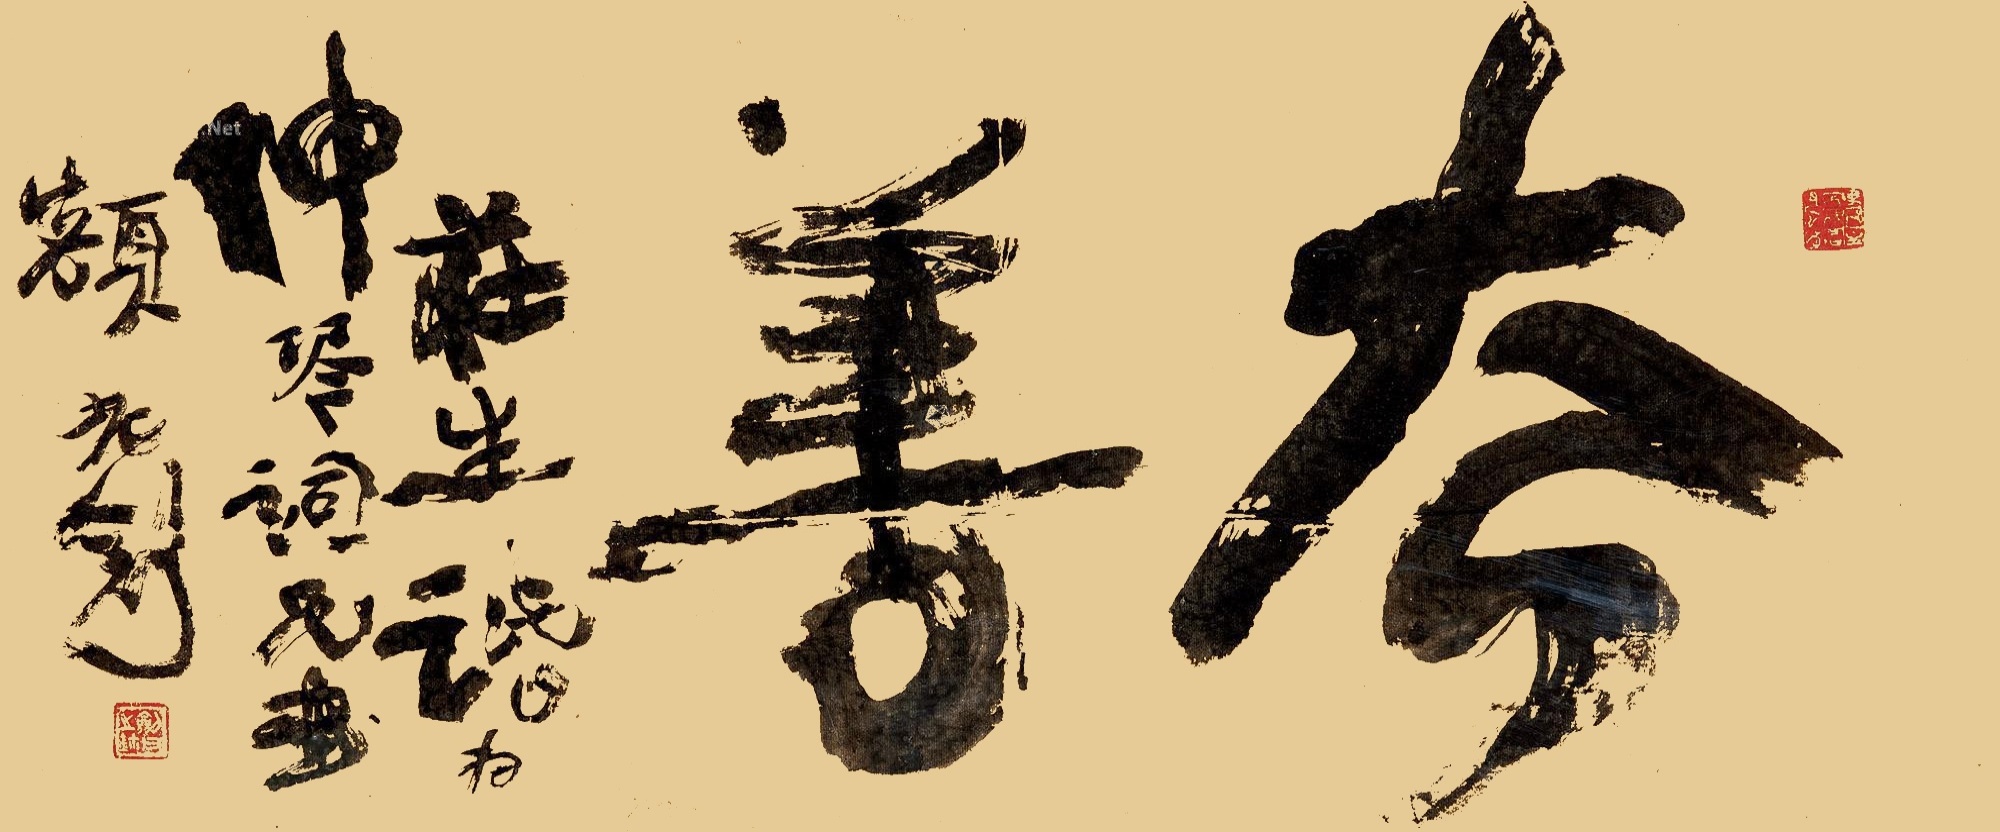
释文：去善。庄生话，为仲琴词兄书额。老剑。